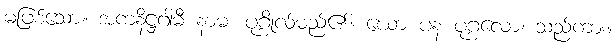
မဖြစ်သော။ အကနိဋ္ဌဂါမီ နာမ၊ ပုဂ္ဂိုလ်မည်၏။ ယော ပန ပုဂ္ဂလော၊ သည်ကား။